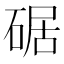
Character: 𪿩